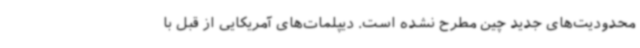
محدودیت‌های جدید چین مطرح نشده است. دیپلمات‌های آمریکایی از قبل با